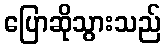
ပြောဆိုသွားသည်